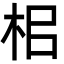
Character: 㭒